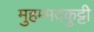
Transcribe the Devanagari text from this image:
मुहम्मदकुट्टी